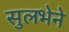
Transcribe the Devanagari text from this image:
सुलभेने